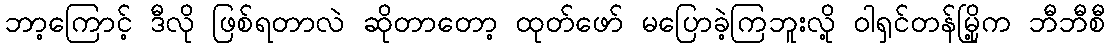
ဘာ့ကြောင့် ဒီလို ဖြစ်ရတာလဲ ဆိုတာတော့ ထုတ်ဖော် မပြောခဲ့ကြဘူးလို့ ဝါရှင်တန်မြို့က ဘီဘီစီ